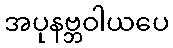
အပုနဗ္ဘဝါယပေ